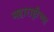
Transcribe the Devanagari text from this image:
महाराष्ट्रीच्या